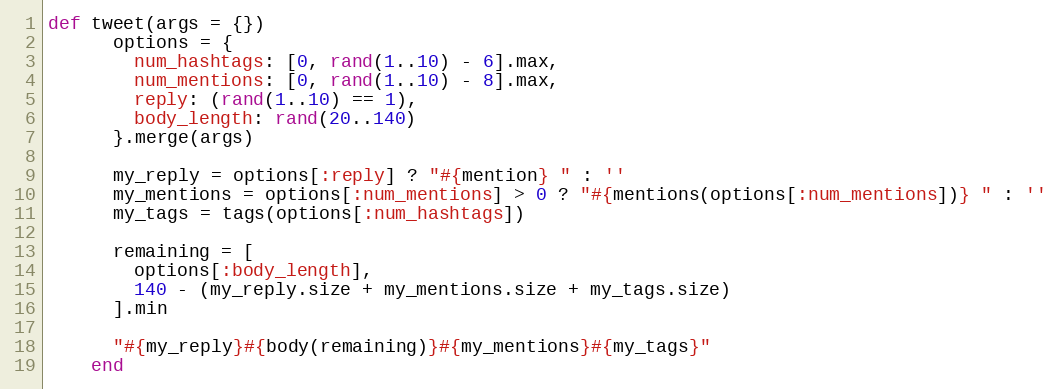
Language: Ruby
def tweet(args = {})
      options = {
        num_hashtags: [0, rand(1..10) - 6].max,
        num_mentions: [0, rand(1..10) - 8].max,
        reply: (rand(1..10) == 1),
        body_length: rand(20..140)
      }.merge(args)

      my_reply = options[:reply] ? "#{mention} " : ''
      my_mentions = options[:num_mentions] > 0 ? "#{mentions(options[:num_mentions])} " : ''
      my_tags = tags(options[:num_hashtags])

      remaining = [
        options[:body_length],
        140 - (my_reply.size + my_mentions.size + my_tags.size)
      ].min

      "#{my_reply}#{body(remaining)}#{my_mentions}#{my_tags}"
    end